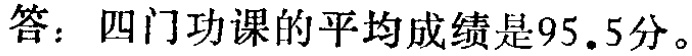
答：四门功课的平均成绩是95.5分。